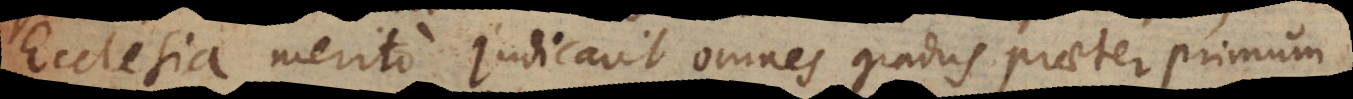
Ecclesia merito judicavit omnes gradus praeter primum